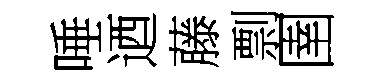
唾迺藤剽圉